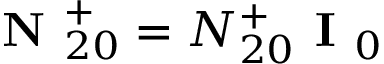
\textbf { N } _ { 2 0 } ^ { + } = N _ { 2 0 } ^ { + } \textbf { I } _ { 0 }